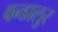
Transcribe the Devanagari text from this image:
वन्डालुर